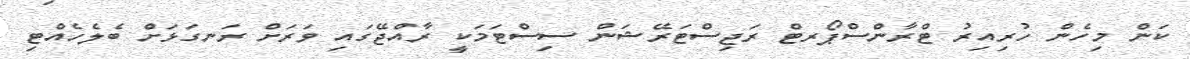
ކަން މިހެން ހުރިއިރު ޓްރާންސްޕޯރޓް ރަޖިސްޓަރޭޝަން ސިސްޓަމަކީ ރާއްޖޭގައި ވަރަށް ރަނގަޅަށް ބެލެހެއްޓި